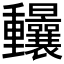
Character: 𨤼